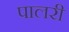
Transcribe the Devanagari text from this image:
पालरी